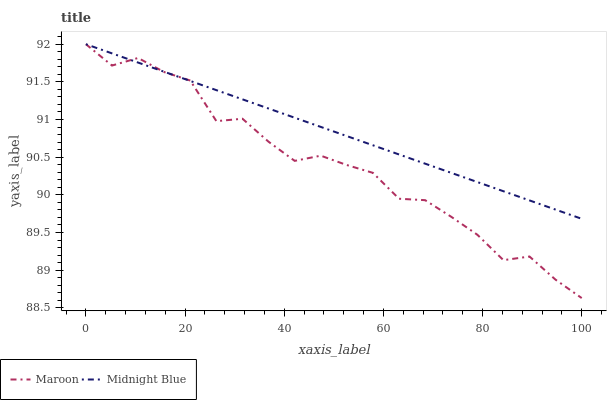
| xaxis_label | Maroon | Midnight Blue |
 | --- | --- | --- |
 | 0 | 92 | 92 |
 | 5.26 | 91.7 | 91.9 |
 | 10.5 | 91.8 | 91.8 |
 | 15.8 | 91.6 | 91.6 |
 | 21.1 | 91.5 | 91.5 |
 | 26.3 | 91 | 91.4 |
 | 31.6 | 91 | 91.3 |
 | 36.8 | 90.7 | 91.1 |
 | 42.1 | 90.5 | 91 |
 | 47.4 | 90.5 | 90.9 |
 | 52.6 | 90.4 | 90.8 |
 | 57.9 | 90.3 | 90.7 |
 | 63.2 | 89.9 | 90.5 |
 | 68.4 | 89.9 | 90.4 |
 | 73.7 | 89.7 | 90.3 |
 | 78.9 | 89.5 | 90.2 |
 | 84.2 | 89.1 | 90 |
 | 89.5 | 89.2 | 89.9 |
 | 94.7 | 88.9 | 89.8 |
 | 100 | 88.6 | 89.7 |